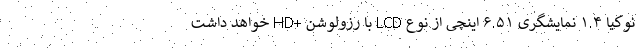
نوکیا ۱.۴ نمایشگری ۶.۵۱ اینچی از نوع LCD با رزولوشن +HD خواهد داشت